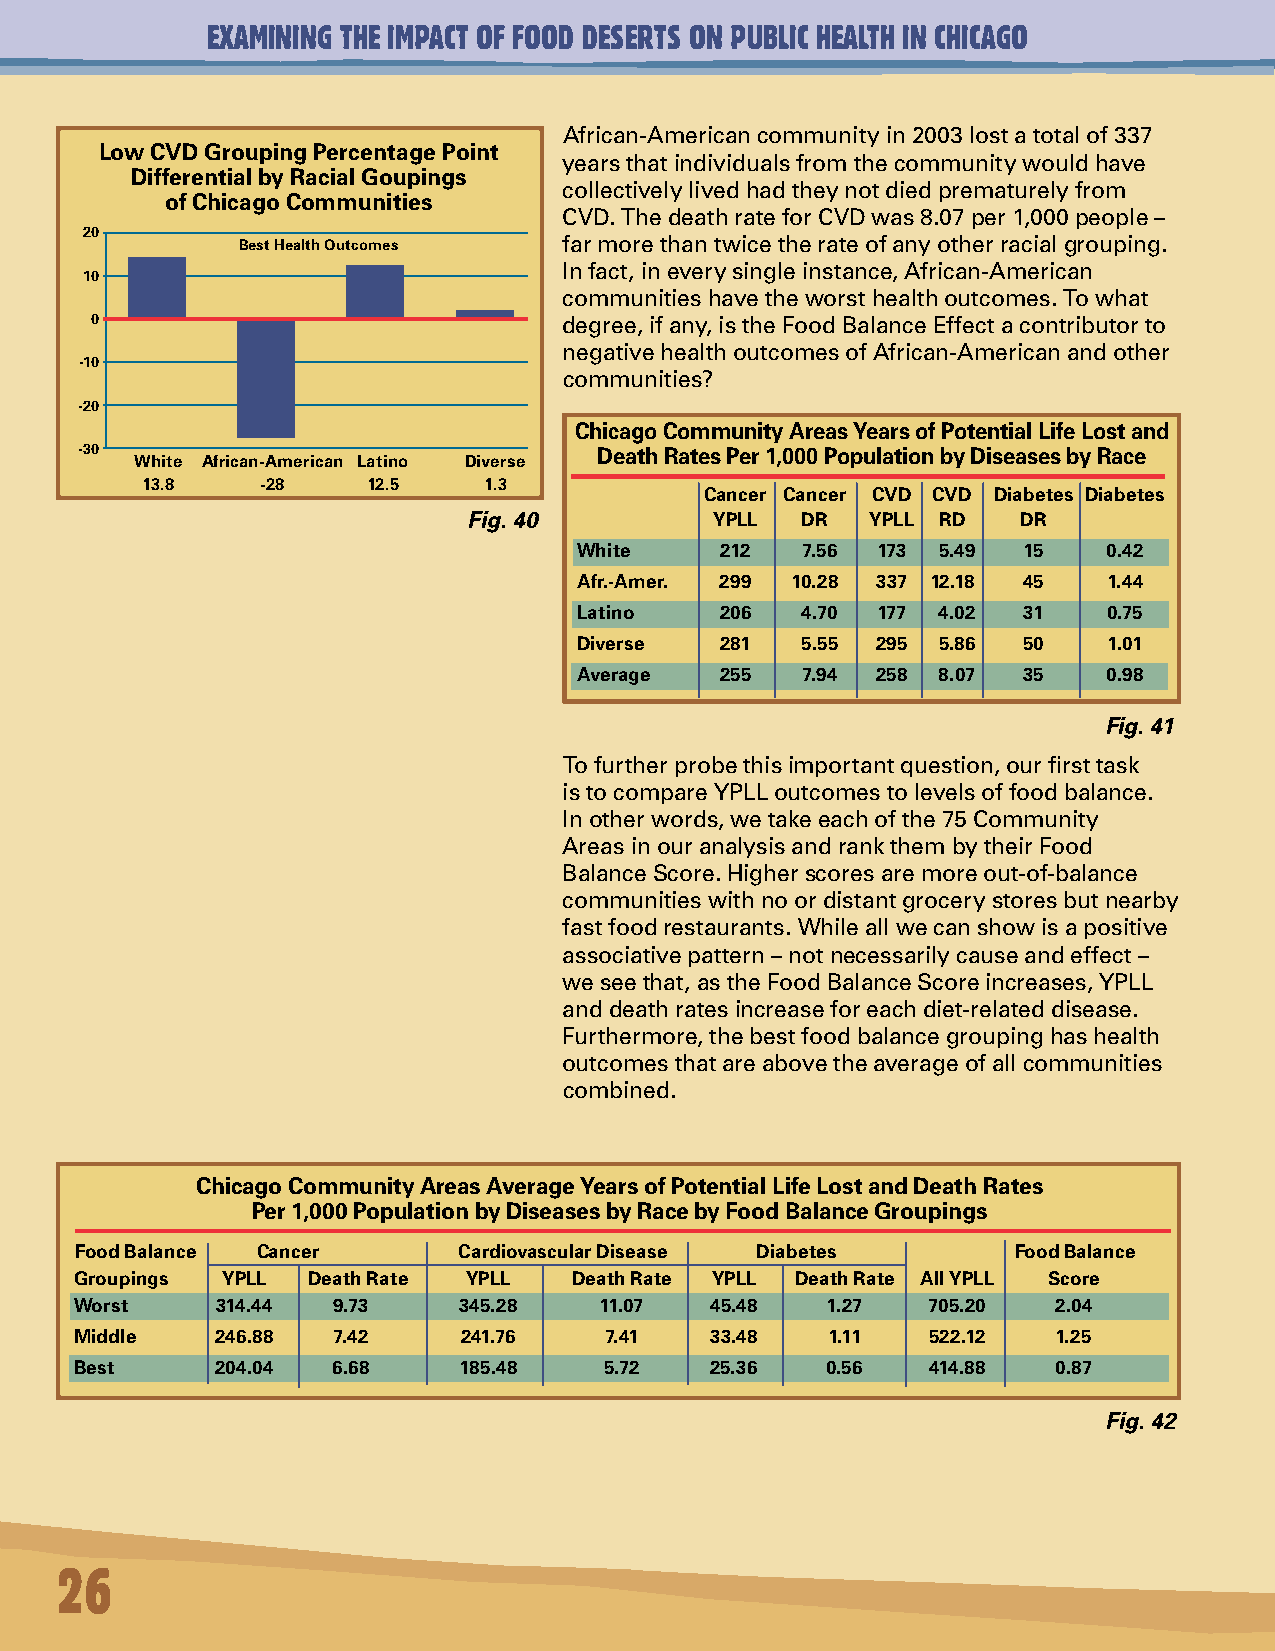
EXAMINING THE IMPACT OF FOOD DESERTS ON PUBLIC HEALTH IN CHICAGO
 African-American community in 2003 lost a total of 337
 Low CVD Grouping Percentage Point
 years that individuals from the community would have
 Differential by Racial Goupings
 collectively lived had they not died prematurely from
 of Chicago Communities
 CVD. The death rate for CVD was 8.07 per 1,000 people –
 20
 Best Health Outcomes far more than twice the rate of any other racial grouping.
 In fact, in every single instance, African-American
 10
 communities have the worst health outcomes. To what
 0                              degree, if any, is the Food Balance Effect a contributor to
 negative health outcomes of African-American and other
 -10
 communities?
 -20
 Chicago Community Areas Years of Potential Life Lost and
 - 30
 White African-American Latino Diverse
 Death Rates Per 1,000 Population by Diseases by Race
 13.8    -28    12.5    1.3
 Cancer Cancer CVD CVD Diabetes Diabetes
 Fig. 40         YPLL  DR   YPLL RD   DR
 White     212  7.56 173 5.49  15   0.42
 Afr.-Amer. 299 10.28 337 12.18 45  1.44
 Latino    206  4.70 177 4.02  31   0.75
 Diverse   281  5.55 295 5.86  50   1.01
 Average   255  7.94 258 8.07  35   0.98
 Fig. 41
 To further probe this important question, our first task
 is to compare YPLL outcomes to levels of food balance.
 In other words, we take each of the 75 Community
 Areas in our analysis and rank them by their Food
 Balance Score. Higher scores are more out-of-balance
 communities with no or distant grocery stores but nearby
 fast food restaurants. While all we can show is a positive
 associative pattern – not necessarily cause and effect –
 we see that, as the Food Balance Score increases, YPLL
 and death rates increase for each diet-related disease.
 Furthermore, the best food balance grouping has health
 outcomes that are above the average of all communities
 combined.
 Chicago Community Areas Average Years of Potential Life Lost and Death Rates
 Per 1,000 Population by Diseases by Race by Food Balance Groupings
 Food Balance Cancer      Cardiovascular Disease Diabetes      Food Balance
 Groupings YPLL Death Rate YPLL   Death Rate YPLL Death Rate All YPLL Score
 Worst    314.44  9.73    345.28    11.07  45.48   1.27  705.20   2.04
 Middle   246.88  7.42     241.76   7.41   33.48   1.11   522.12  1.25
 Best     204.04  6.68    185.48    5.72   25.36   0.56  414.88   0.87
 Fig. 42
 26